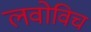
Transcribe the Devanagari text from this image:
लवोविच